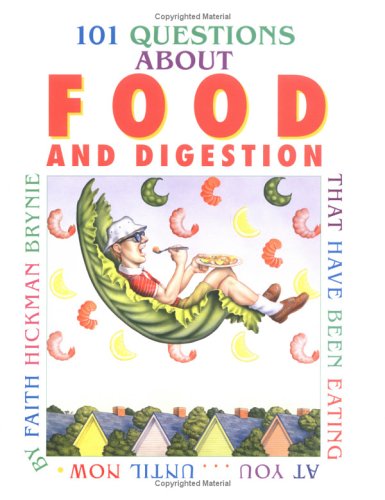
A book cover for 101 Questions About Food and Digestion: That Have Been Eating at YouÂ¿Until Now; Faith Hickman Brynie; Teen & Young Adult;